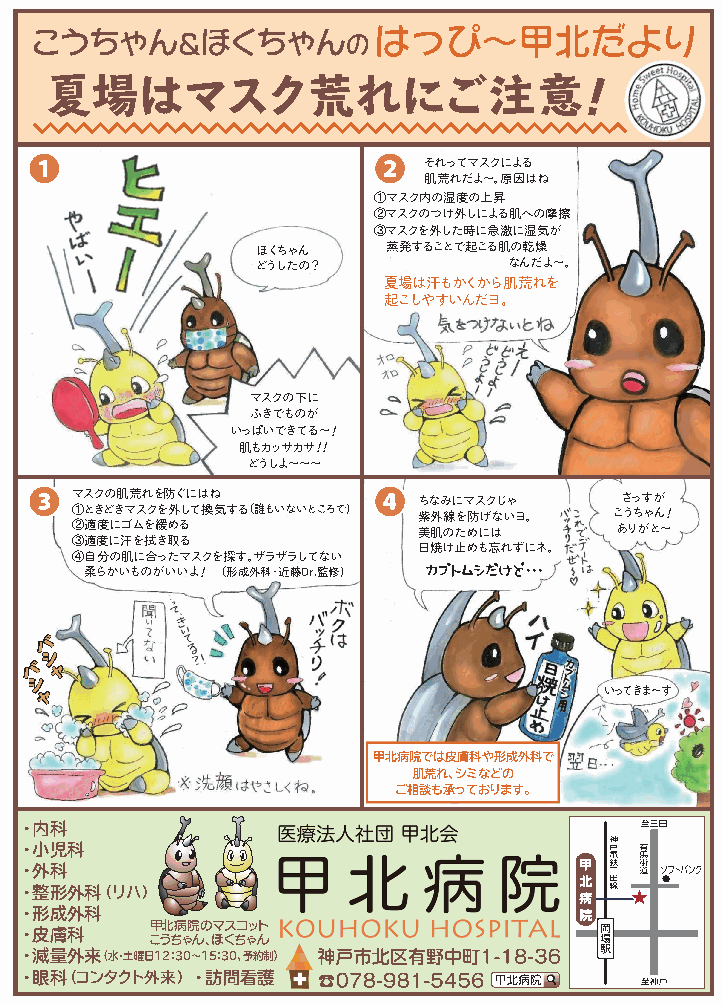
夏場はマスク荒れにご注意
 ！
 それってマスクによる
 肌荒れだよ〜。原因はね
 ①マスク内の湿度の上昇
 ②マスクのつけ外しによる肌への摩擦
 ③マスクを外した時に急激に湿気が
 ほくちゃん    蒸発することで起こる肌の乾燥
 どうしたの？           なんだよ〜。
 夏場は汗もかくから肌荒れを
 起こしやすいんだヨ。
 マスクの下に
 ふきでものが
 いっぱいできてる〜！
 肌もカッサカサ！！
 どうしよ〜〜〜
 マスクの肌荒れを防ぐにはね          ちなみにマスクじゃ    さっすが
 ①ときどきマスクを外して換気する（誰もいないところで） 紫外線を防げないヨ。 こうちゃん！
 ②適度にゴムを緩める             美肌のためには      ありがと〜
 ③適度に汗を拭き取る
 日焼け止めも忘れずにネ。
 ④自分の肌に合ったマスクを探す。ザラザラしてない
 柔らかいものがいいよ！ （形成外科・近藤Dr.監修） カブトムシだけど…
 ババ
 シシ
 ババ ャャ
 シシ
 ャャ                                    いってきま〜す
 甲北病院では皮膚科や形成外科で
 肌荒れ、シミなどの
 ご相談も承っております。
 ・内科
 ・小児科
 ・外科
 ・整形外科（リハ）
 ・形成外科
 甲北病院のマスコット
 ・皮膚科     こうちゃん、ほくちゃん
 ・減量外来（水・土曜日12：30〜15：30、予約制）
 ・眼科（コンタクト外来） ・訪問看護